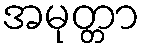
အမုတ္တာ